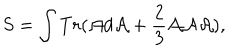
S = \int T r ( { \cal A } d { \cal A } + \frac { 2 } { 3 } { \cal A } { \cal A } { \cal A } ) ,